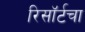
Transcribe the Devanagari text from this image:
रिसॉर्टचा